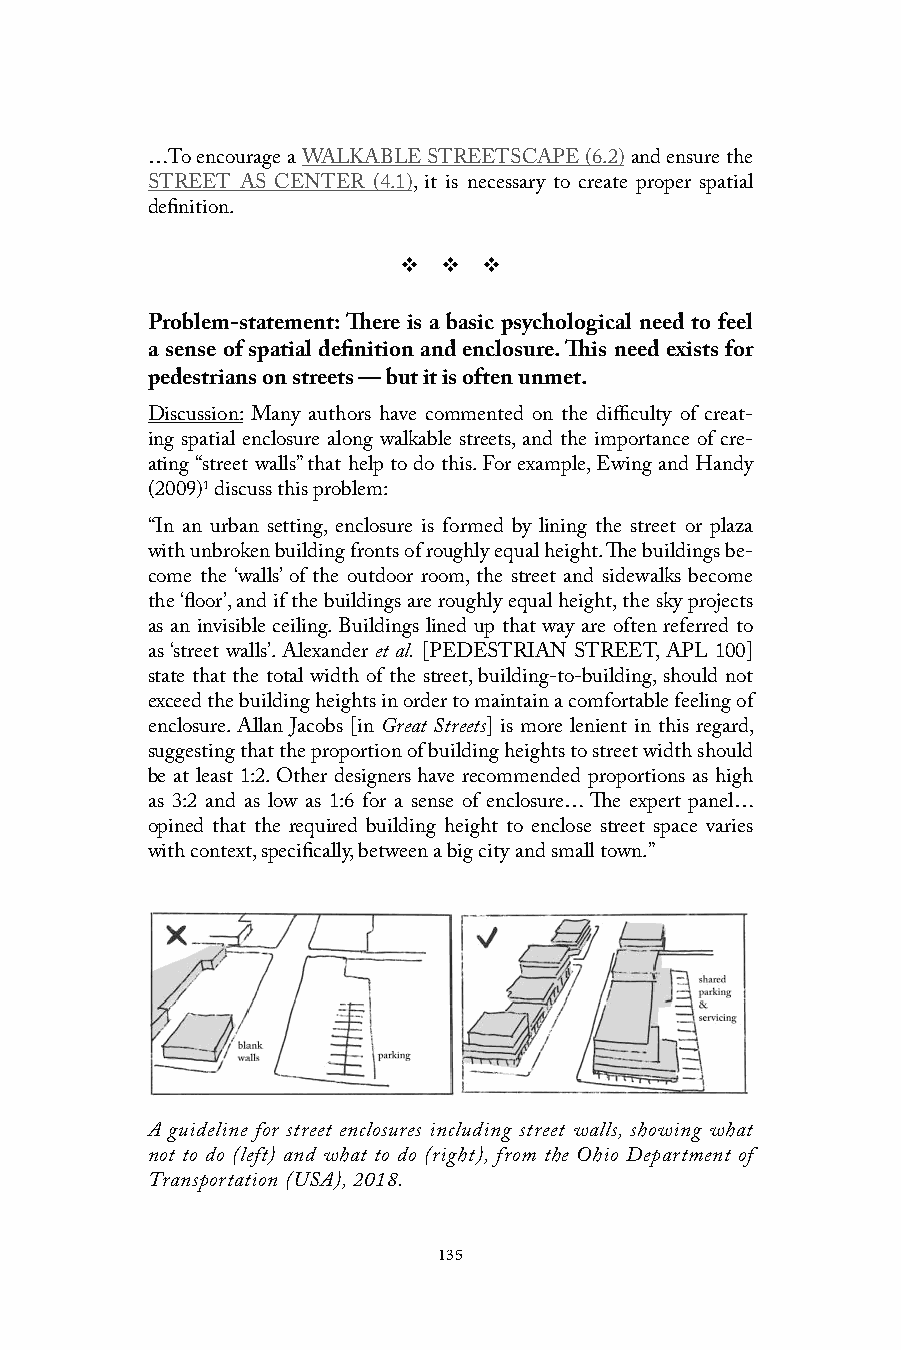
…To encourage a WALKABLE STREETSCAPE (6.2) and ensure the
 STREET AS CENTER (4.1), it is necessary to create proper spatial
 definition.
 v  v  v
 Problem-statement: There is a basic psychological need to feel
 a sense of spatial definition and enclosure. This need exists for
 pedestrians on streets — but it is often unmet.
 Discussion: Many authors have commented on the difficulty of creat-
 ing spatial enclosure along walkable streets, and the importance of cre-
 ating “street walls” that help to do this. For example, Ewing and Handy
 (2009)1 discuss this problem:
 “In an urban setting, enclosure is formed by lining the street or plaza
 with unbroken building fronts of roughly equal height. The buildings be-
 come the ‘walls’ of the outdoor room, the street and sidewalks become
 the ‘floor’, and if the buildings are roughly equal height, the sky projects
 as an invisible ceiling. Buildings lined up that way are often referred to
 as ‘street walls’. Alexander et al. [PEDESTRIAN STREET, APL 100]
 state that the total width of the street, building-to-building, should not
 exceed the building heights in order to maintain a comfortable feeling of
 enclosure. Allan Jacobs [in Great Streets] is more lenient in this regard,
 suggesting that the proportion of building heights to street width should
 be at least 1:2. Other designers have recommended proportions as high
 as 3:2 and as low as 1:6 for a sense of enclosure… The expert panel…
 opined that the required building height to enclose street space varies
 with context, specifically, between a big city and small town.”
 A guideline for street enclosures including street walls, showing what
 not to do (left) and what to do (right), from the Ohio Department of
 Transportation (USA), 2018.
 135